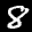
Label: 8